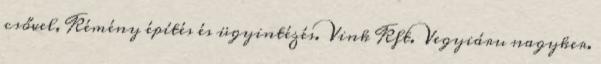
csővel, Kémény építés és ügyintézés. Vink Kft. Vegyiáru nagyker.